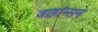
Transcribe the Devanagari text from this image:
जाहांन्सन